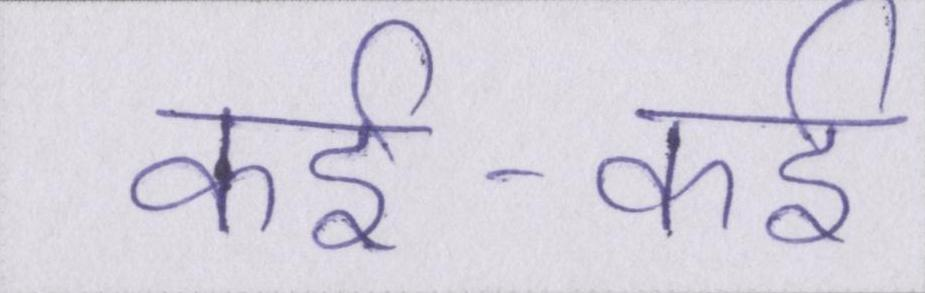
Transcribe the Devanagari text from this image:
कई-कई